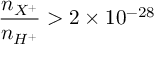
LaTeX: { \frac { n _ { X ^ { + } } } { n _ { H ^ { + } } } } > 2 \times 1 0 ^ { - 2 8 }